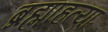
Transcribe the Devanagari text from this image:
ब्रह्माहत्या